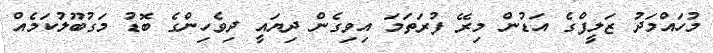
މުހައްމަދު ޒަލީފްގެ އަޑުން މިރޭ ފުރަތަމަ އިވިގެން ދިޔައީ ދިވެހިންގެ ބޮޑު މަގުބޫލުކަމެއް